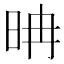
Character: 𣆀